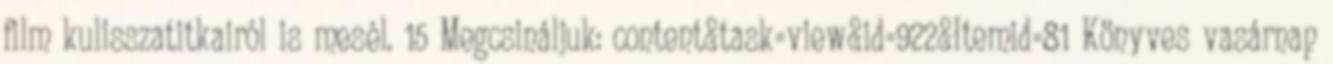
film kulisszatitkairól is mesél. 15 Megcsináljuk: content&task=view&id=922&Itemid=81 Könyves vasárnap